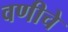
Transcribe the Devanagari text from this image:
वणीचे